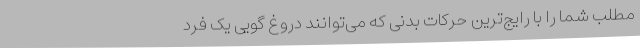
مطلب شما را با رایج‌ترین حرکات بدنی که می‌توانند دروغ گویی یک فرد